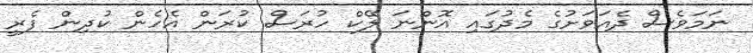
ނަމަވެސް ދެއަވަށުގެ މެދުގައި އޮންނަ ލޭކް ހުރަސް ކުރަން އެހެން ކުދިން ފެރީ